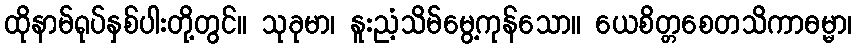
ထိုနာမ်ရုပ်နှစ်ပါးတို့တွင်။ သုခုမာ၊ နူးညံ့သိမ်မွေ့ကုန်သော။ ယေစိတ္တစေတသိကာဓမ္မာ၊